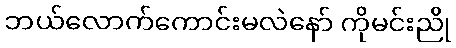
ဘယ်လောက်ကောင်းမလဲနော် ကိုမင်းညို